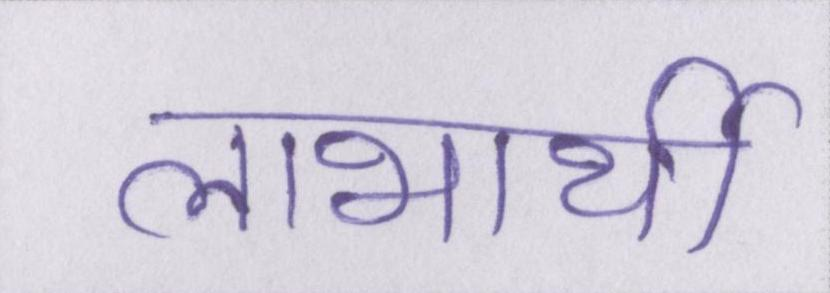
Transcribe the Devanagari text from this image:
लाभार्थी